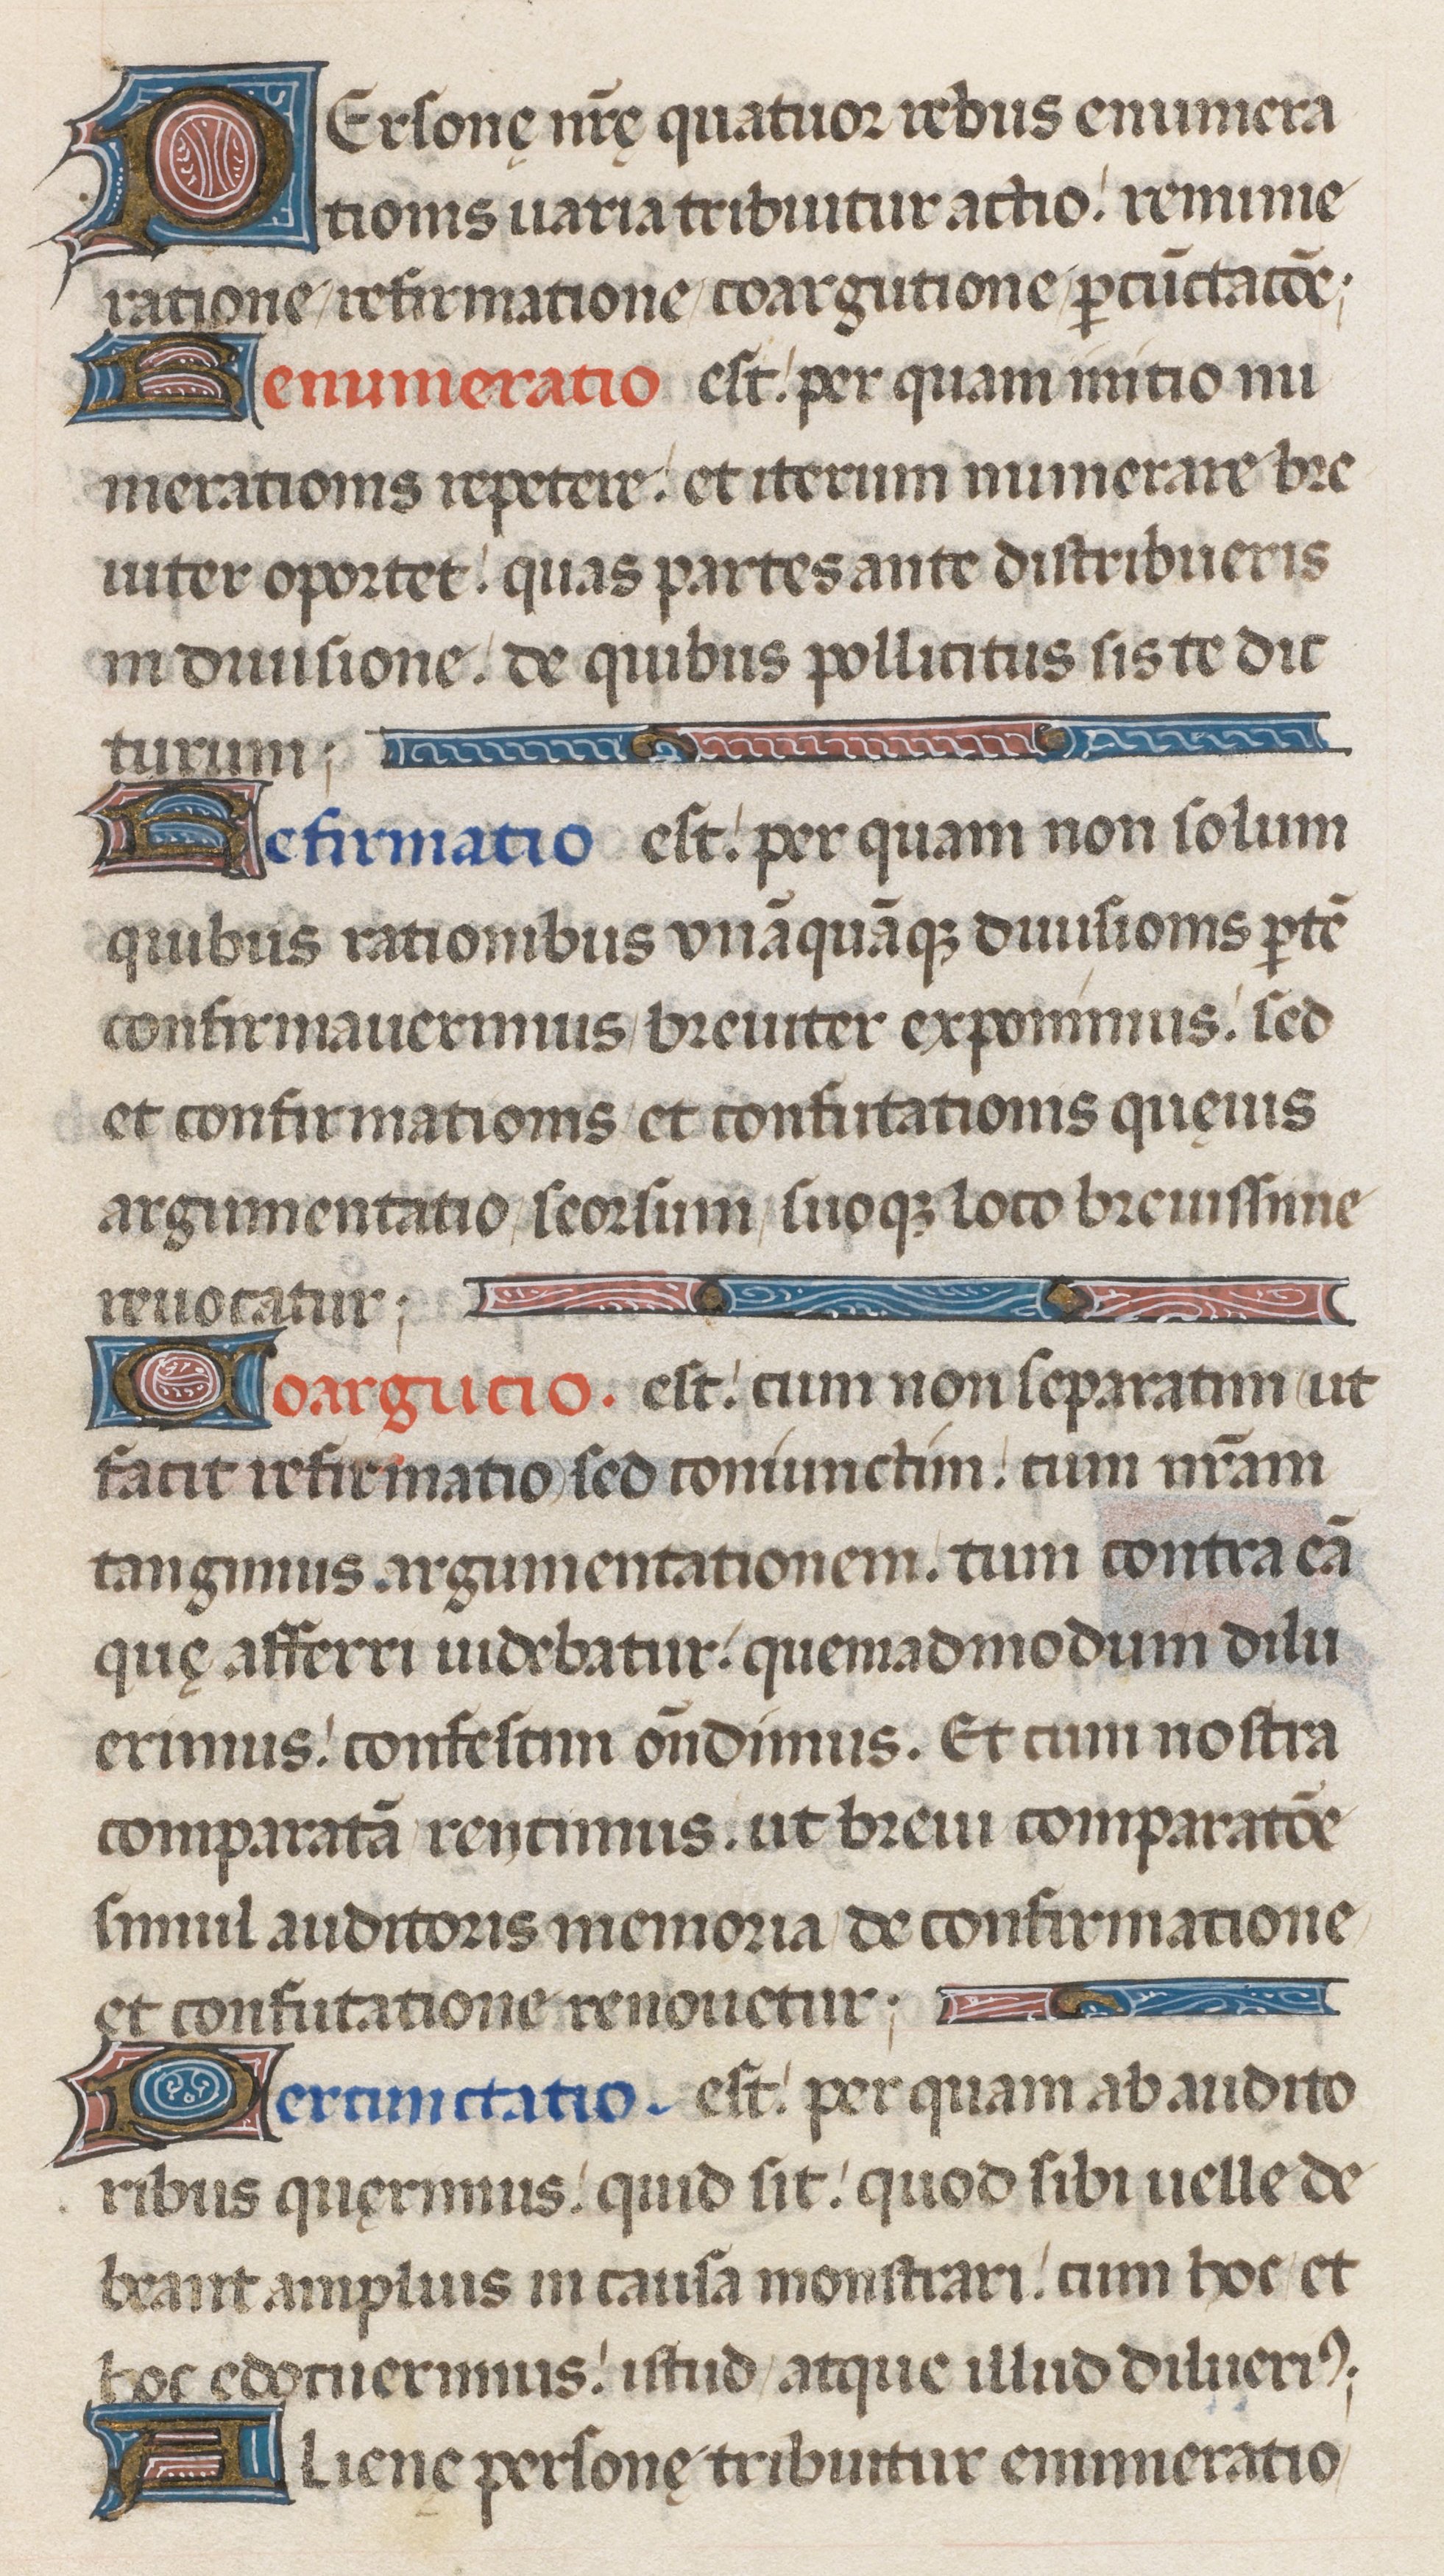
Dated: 1471–1471